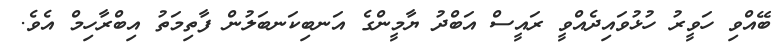
ބޭއްވި ހަވީރު ހުޅުވައިދެއްވީ ރައީސް އަބްދު ޔާމީންގެ އަނބިކަނބަލުން ފާތިމަތު އިބްރާހިމް އެވެ.